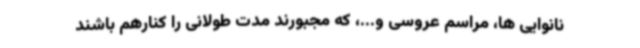
نانوایی ها، مراسم عروسی و...، که مجبورند مدت طولانی را کنارهم باشند